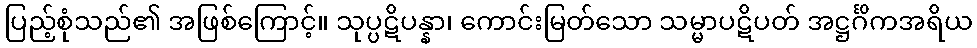
ပြည့်စုံသည်၏ အဖြစ်ကြောင့်။ သုပ္ပဋိပန္နာ၊ ကောင်းမြတ်သော သမ္မာပဋိပတ် အဋ္ဌင်္ဂိကအရိယ